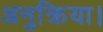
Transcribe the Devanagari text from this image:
अनुक्रिया।